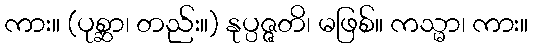
ကား။ (ပုစ္ဆာ၊ တည်း။) နုပ္ပဇ္ဇတိ၊ မဖြစ်။ ကသ္မာ၊ ကား။